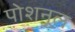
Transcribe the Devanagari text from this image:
पोशनूल